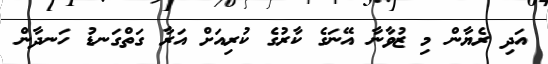
އަދި ރެޔާން މި ޒުވާނާ އޭނަގެ ކާރުގެ ކުރިއަށް އަރާ ގަތްގަނޑު ހަނދާން